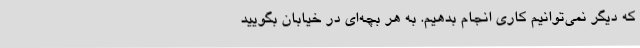
که دیگر نمی‌توانیم کاری انجام بدهیم. به هر بچه‌ای در خیابان بگویید